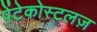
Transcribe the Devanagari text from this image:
पेंटेकोस्टलज़